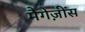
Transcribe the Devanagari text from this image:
मैगेज़ींस